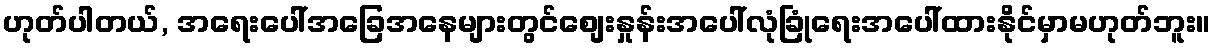
ဟုတ်ပါတယ်, အရေးပေါ်အခြေအနေများတွင်စျေးနှုန်းအပေါ်လုံခြုံရေးအပေါ်ထားနိုင်မှာမဟုတ်ဘူး။